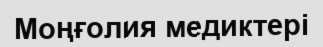
Моңғолия медиктері